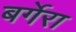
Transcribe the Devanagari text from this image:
बर्गेरा